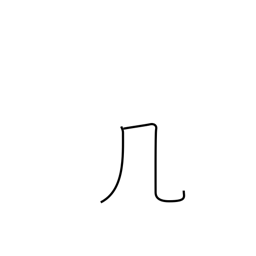
Meaning: table or windy radical (no. 16)